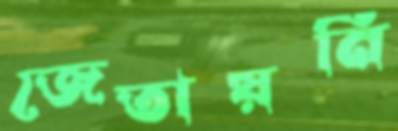
জেতায়নি